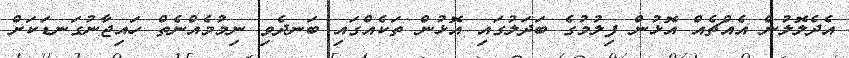
އެދެލޮލުން އެއްޗެއް އޮޅުން ފިލުމުގެ ބަދަލުގައި އޮޅުން ތަކެއްގައި ބަނދެވި ނިމުމެއްނެތް ހައިޖާނުގަނޑަކަށް